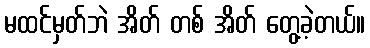
မထင်မှတ်ဘဲ အိတ် တစ် အိတ် တွေ့ခဲ့တယ်။